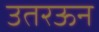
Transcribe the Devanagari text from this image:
उतरऊन